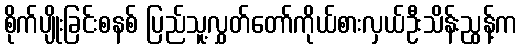
စိုက်ပျိုးခြင်းစနစ် ပြည်သူ့လွှတ်တော်ကိုယ်စားလှယ်ဦးသိန်းညွန့်က